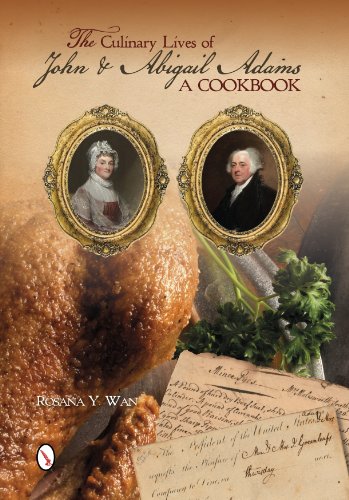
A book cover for The Culinary Lives of John & Abigail Adams: A Cookbook; Rosana Wan ; Cookbooks, Food & Wine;